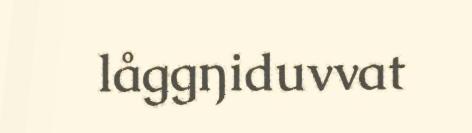
låggŋiduvvat